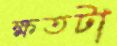
ক্ষতটা